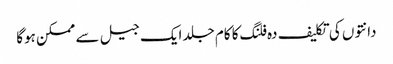
دانتوں کی تکلیف دہ فلنگ کا کام جلد ایک جیل سے ممکن ہوگا